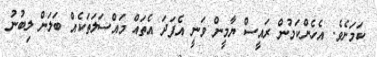
ކަމަށެވެ. އެހެންކަމުން ރައީސް ޔާމީން ވަނީ އެފަދަ އެތައް މައްސަލަތަކެއް ބަލަން ލިބުނު